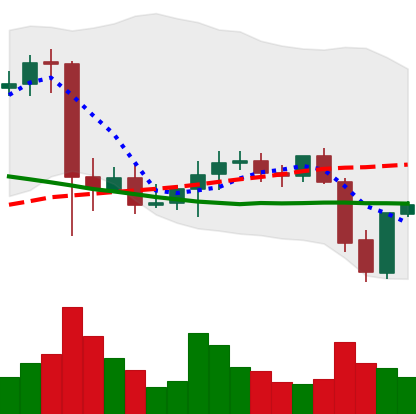
Ticker: XMR-USD
Chart end date: 2021-09-23
Forward return: -7.808%
Label: down_7plus